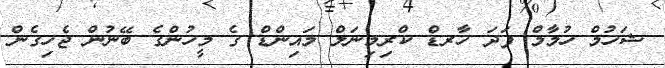
ޝަހުމް ހުމާމް ފަދަ ހާރޑް ކްރިމިނަލް މައިންޑް ގެ މީހުންގެ ބޭނުން ޖެހިގެން